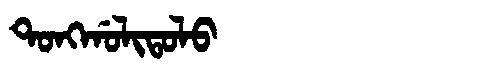
Manchu: ᡨᠣᠩᡤᠣᠯᡳᡨᠣᠯᠣ
Romanization: TONGGOLITOLO